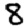
Digit: 8